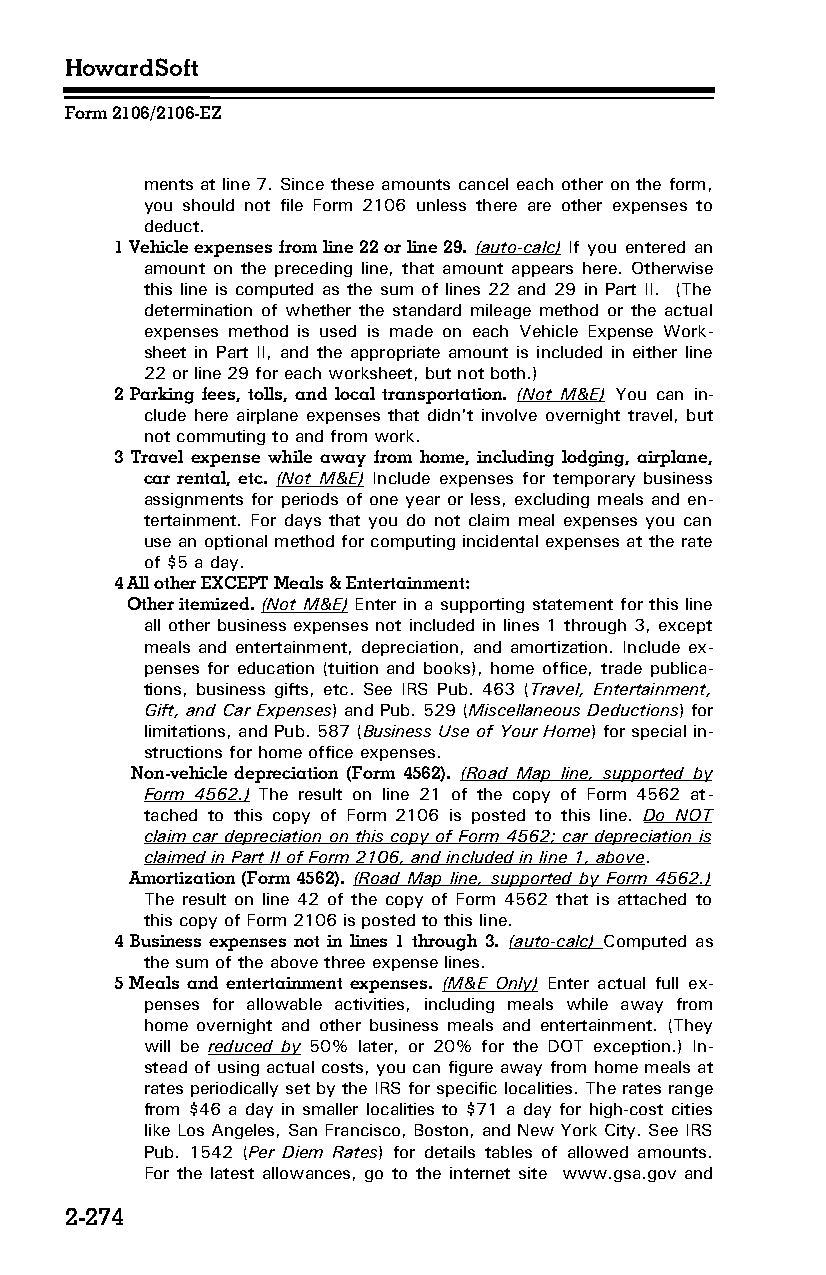
HowardSoft
 Form 2106/2106-EZ
 ments at line 7. Since these amounts cancel each other on the form,
 you should not file Form 2106 unless there are other expenses to
 deduct.
 1 Vehicle expenses from line 22 or line 29. (auto-calc) If you entered an
 amount on the preceding line, that amount appears here. Otherwise
 this line is computed as the sum of lines 22 and 29 in Part II. (The
 determination of whether the standard mileage method or the actual
 expenses method is used is made on each Vehicle Expense Work­
 sheet in Part II, and the appropriate amount is included in either line
 22 or line 29 for each worksheet, but not both.)
 2 Parking fees, tolls, and local transportation. (Not M&E) You can in­
 clude here airplane expenses that didn't involve overnight travel, but
 not commuting to and from work.
 3 Travel expense while away from home, including lodging, airplane,
 car rental, etc. (Not M&E) Include expenses for temporary business
 assignments for periods of one year or less, excluding meals and en­
 tertainment. For days that you do not claim meal expenses you can
 use an optional method for computing incidental expenses at the rate
 of $5 a day.
 4 All other EXCEPT Meals & Entertainment:
 Other itemized. (Not M&E) Enter in a supporting statement for this line
 all other business expenses not included in lines 1 through 3, except
 meals and entertainment, depreciation, and amortization. Include ex­
 penses for education (tuition and books), home office, trade publica­
 tions, business gifts, etc. See IRS Pub. 463 (Travel, Entertainment,
 Gift, and Car Expenses) and Pub. 529 (Miscellaneous Deductions) for
 limitations, and Pub. 587 (Business Use of Your Home) for special in­
 structions for home office expenses.
 Non-vehicle depreciation (Form 4562). (Road Map line, supported by
 Form 4562.) The result on line 21 of the copy of Form 4562 at­
 tached to this copy of Form 2106 is posted to this line. Do NOT
 claim car depreciation on this copy of Form 4562; car depreciation is
 claimed in Part II of Form 2106, and included in line 1, above.
 Amortization (Form 4562). (Road Map line, supported by Form 4562.)
 The result on line 42 of the copy of Form 4562 that is attached to
 this copy of Form 2106 is posted to this line.
 4 Business expenses not in lines 1 through 3. (auto-calc) Computed as
 the sum of the above three expense lines.
 5 Meals and entertainment expenses. (M&E Only) Enter actual full ex­
 penses for allowable activities, including meals while away from
 home overnight and other business meals and entertainment. (They
 will be reduced by 50% later, or 20% for the DOT exception.) In­
 stead of using actual costs, you can figure away from home meals at
 rates periodically set by the IRS for specific localities. The rates range
 from $46 a day in smaller localities to $71 a day for high-cost cities
 like Los Angeles, San Francisco, Boston, and New York City. See IRS
 Pub. 1542 (Per Diem Rates) for details tables of allowed amounts.
 For the latest allowances, go to the internet site www.gsa.gov and
 2-274